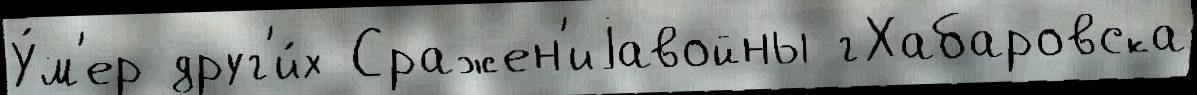
У́м'ер друг'и́х Сражен'иjавойны гХабаровска